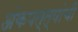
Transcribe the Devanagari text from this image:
अंकपत्त्यांची